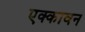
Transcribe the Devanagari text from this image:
एक्कावन